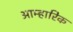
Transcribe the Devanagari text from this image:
आम्हारिक